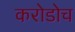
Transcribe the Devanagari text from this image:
करोडोच